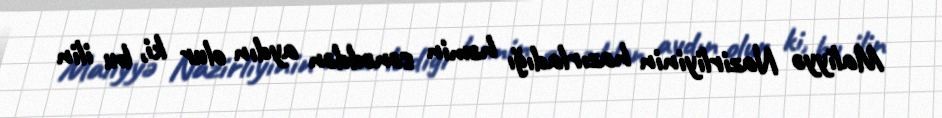
Maliyyə Nazirliyinin hazırladığı həmin sənəddən aydın olur ki, bu ilin